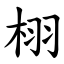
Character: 栩